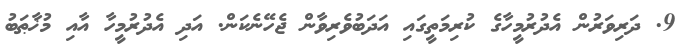
9. ދަރިވަރުން އެދުރުމީހާގެ ކުރިމަތީގައި އަދަބުވެރިވާން ޖެހޭނެކަން. އަދި އެދުރުމީހާ އާއި މުޚާޠަބު